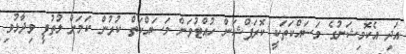
އަދި އެކޮމިޝަނުގެ މަސައްކަތަކީ ކޮރަޕްޝަން ހުއްޓުވަން މަސައްކަތް ކުރުން ކަމަށް ލުތުފީ ވިދާޅުވި